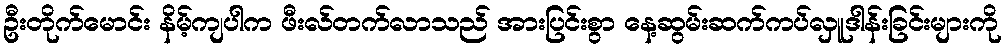
ဦးတိုက်မောင်း နိမ့်ကျပါက ဖီးလ်တက်လာသည် အားပြင်းစွာ နေ့ဆွမ်းဆက်ကပ်လှူဒါန်းခြင်းများကို